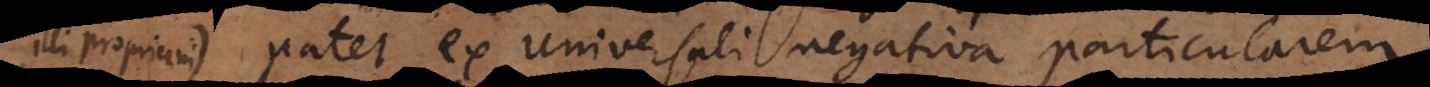
negativa; unde patet ex universali negativa particularem